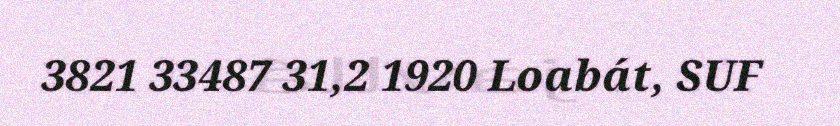
3821 33487 31,2 1920 Loabát, SUF